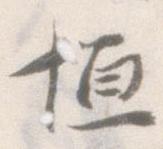
恒